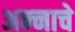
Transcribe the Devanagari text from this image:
अन्‍नाचे